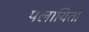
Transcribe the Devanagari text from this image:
पलायितो